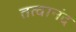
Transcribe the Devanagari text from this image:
तत्वानंद